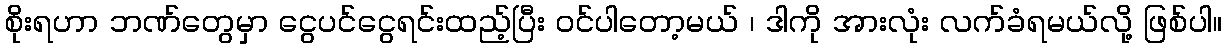
စိုးရဟာ ဘဏ်တွေမှာ ငွေပင်ငွေရင်းထည့်ပြီး ဝင်ပါတော့မယ် ၊ ဒါကို အားလုံး လက်ခံရမယ်လို့ ဖြစ်ပါ။